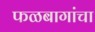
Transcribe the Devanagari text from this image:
फळबागांचा